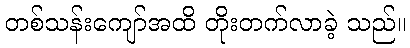
တစ်သန်းကျော်အထိ တိုးတက်လာခဲ့ သည်။